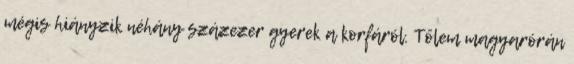
mégis hiányzik néhány százezer gyerek a korfáról. Tőlem magyarórán